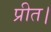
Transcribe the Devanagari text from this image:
प्रीत।